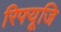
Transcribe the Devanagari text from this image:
रिफ्यूजि